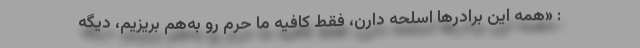
: «همه این برادرها اسلحه دارن، فقط کافیه ما حرم رو به‌هم بریزیم، دیگه